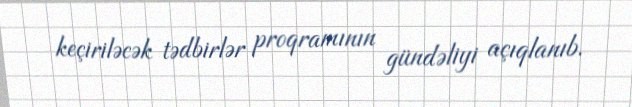
keçiriləcək tədbirlər proqramının gündəliyi açıqlanıb.